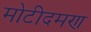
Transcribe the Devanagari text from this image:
मोटीदमण